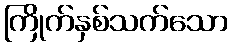
ကြိုက်နှစ်သက်သော